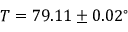
T = 7 9 . 1 1 \pm 0 . 0 2 \ensuremath { ^ \circ }